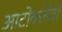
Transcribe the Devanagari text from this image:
आटोक्लेवों